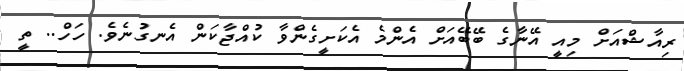
ރިއާޝްއަށް މިއީ އޭނާގެ ބޭބޭއަށް އެންމެ އެކަށީގެންވާ ކުއްޖާކަން އެނގުނެވެ. ހަހް.. ތީ